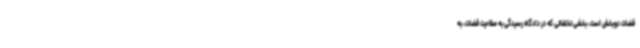
قضات دوبخش است، بخشی تخلفاتی که در دادگاه رسیدگی به صلاحیت قضات، به